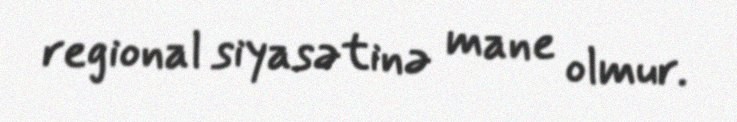
regional siyasətinə mane olmur.